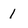
Character: 1